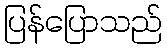
ပြန်ပြောသည်